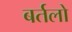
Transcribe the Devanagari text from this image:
बर्तलो